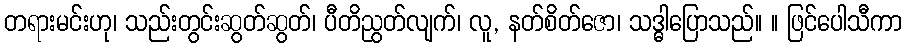
တရားမင်းဟု၊ သည်းတွင်းဆွတ်ဆွတ်၊ ပီတိညွတ်လျက်၊ လူ, နတ်စိတ်ဇော၊ သဒ္ဓါပြောသည်။ ။ ဖြင်ပေါသီကာ